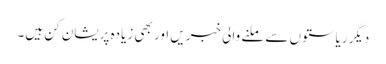
دیگر ریاستوں سے ملنے والی خبریں اور بھی زیادہ پریشان کن ہیں۔